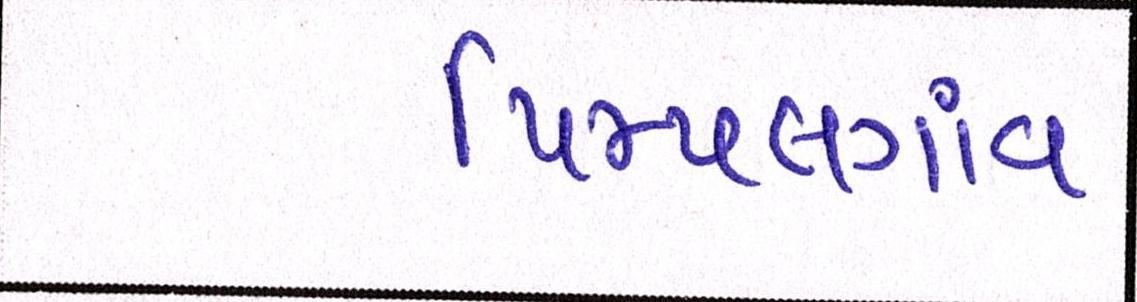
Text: પિમ્પલગાંવ